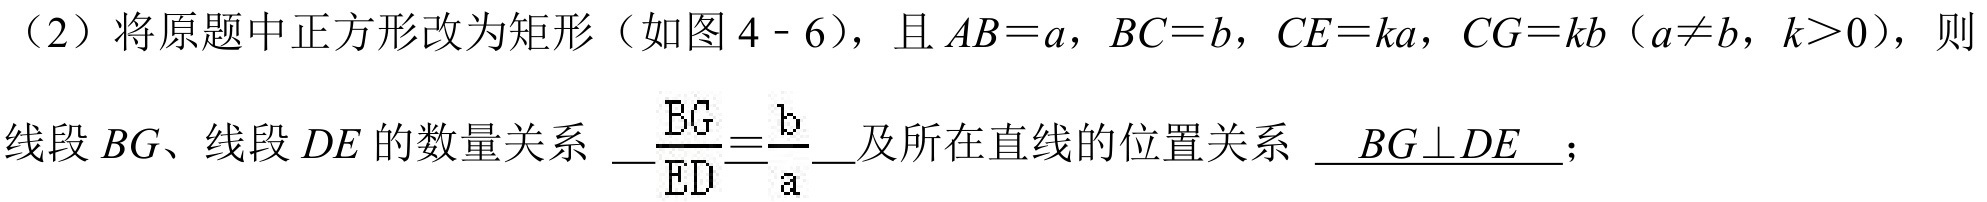
(2) 将原题中正方形改为矩形（如图 \(4 - 6\)），且 \(AB = a\)，\(BC = b\)，\(CE = ka\)，\(CG = kb\)（\(a\neq b\)，\(k > 0\)），则线段 \(BG\)、线段 \(DE\) 的数量关系 \(\underline{\dfrac{BG}{ED}=\dfrac{b}{a}}\)及所在直线的位置关系 \(\underline{BG\perp DE}\)；